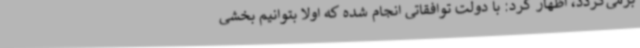
برمی‌گردد، اظهار کرد: با دولت توافقاتی انجام شده که اولا بتوانیم بخشی